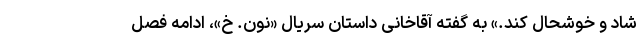
شاد و خوشحال کند.» به گفته آقاخانی داستان سریال «نون. خ»، ادامه فصل